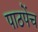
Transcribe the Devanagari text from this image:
पाठपेंच